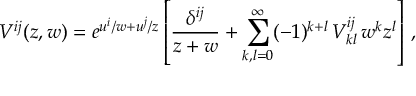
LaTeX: V ^ { i j } ( z , w ) = e ^ { u ^ { i } / w + u ^ { j } / z } \left[ { \frac { \delta ^ { i j } } { z + w } } + \sum _ { k , l = 0 } ^ { \infty } ( - 1 ) ^ { k + l } \, V _ { k l } ^ { i j } \, w ^ { k } z ^ { l } \right] \, ,